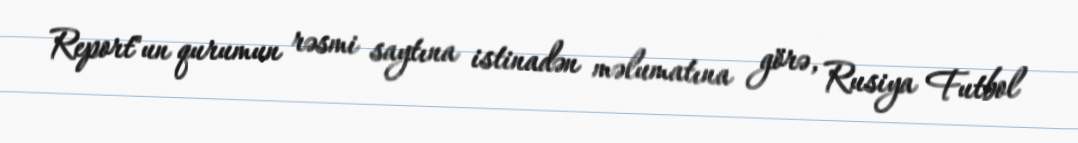
Report"un qurumun rəsmi saytına istinadən məlumatına görə, Rusiya Futbol